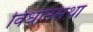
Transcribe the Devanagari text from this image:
विधानसथा